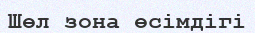
Шөл зона өсімдігі